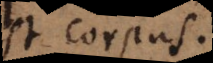
est corpus.